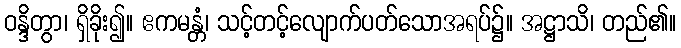
ဝန္ဒိတွာ၊ ရှိခိုး၍။ ဧကမန္တံ၊ သင့်တင့်လျောက်ပတ်သောအရပ်၌။ အဋ္ဌာသိ၊ တည်၏။